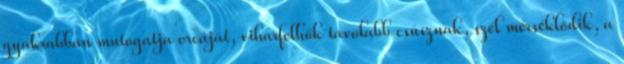
gyakrabban mutogatja orcáját, viharfelhők távolabb csúsznak, szél mérséklődik, a